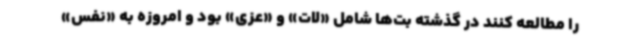
را مطالعه کنند در گذشته بت‌ها شامل «لات» و «عزی» بود و امروزه به «نفس»